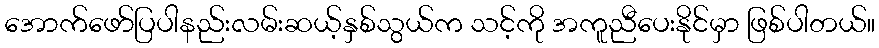
အောက်ဖော်ပြပါနည်းလမ်းဆယ့်နှစ်သွယ်က သင့်ကို အကူညီပေးနိုင်မှာ ဖြစ်ပါတယ်။